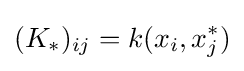
(K_{*})_{ij}=k(x_{i},x_{j}^{*})